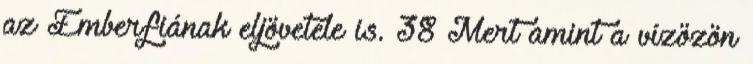
az Emberfiának eljövetele is. 38 Mert amint a vízözön